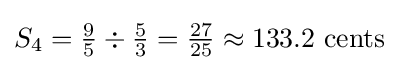
S_{4}={\tfrac {9}{5}}\div {\tfrac {5}{3}}={\tfrac {27}{25}}\approx 133.2\ {\hbox{cents}}